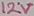
Text: 12V